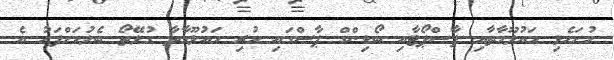
ހުށަހެޅި މައުލޫމާތާއި ޕާސްޕޯޓާއި ބޯޑިންގް ޕާސްގައި ހުރި މައުލޫމާތާ ގުޅޭތޯ ބެލުމަށްފަހު އެ